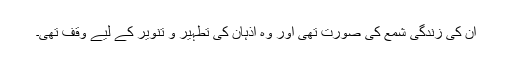
ان کی زندگی شمع کی صورت تھی اور وہ اذہان کی تطہیر و تنویر کے لیے وقف تھی۔